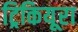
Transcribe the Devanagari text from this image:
ट्रिकियूरा